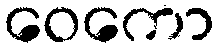
ဝေကော